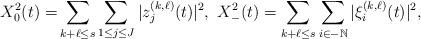
LaTeX: \begin{align*}X^2_0(t)=&\sum_{k+\ell\leq s}\sum_{1\leq j\leq J}|z^{(k,\ell)}_j(t)|^2,\ X^2_-(t)=\sum_{k+\ell\leq s}\sum_{i\in -\mathbb{N}}|\xi^{(k,\ell)}_i(t)|^2, \end{align*}